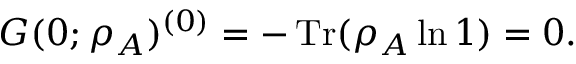
G ( 0 ; \rho _ { A } ) ^ { ( 0 ) } = - \operatorname { T r } ( \rho _ { A } \ln { 1 } ) = 0 .